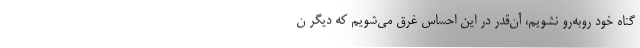
گناه خود روبه‌رو نشویم، آن‌قدر در این احساس غرق می‌شویم که دیگر ن